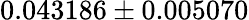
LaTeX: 0.043186\pm 0.005070